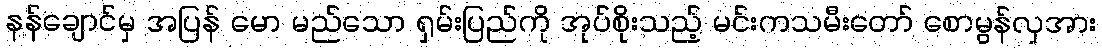
နန်ချောင်မှ အပြန် မော မည်သော ရှမ်းပြည်ကို အုပ်စိုးသည့် မင်းကသမီးတော် စောမွန်လှအား